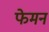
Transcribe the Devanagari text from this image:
फेमन